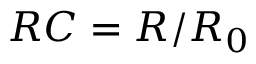
R C = R / R _ { 0 }